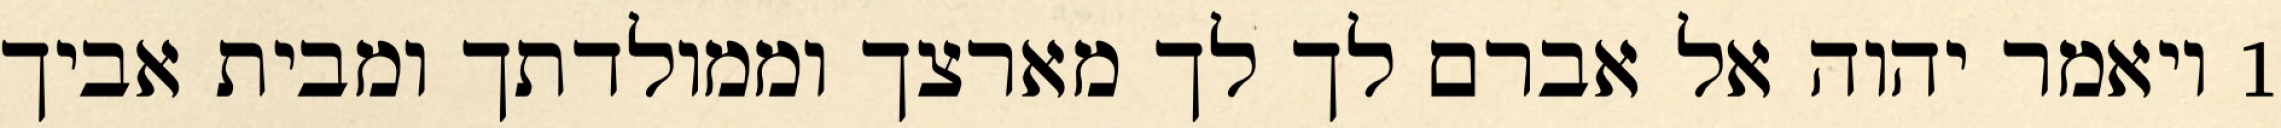
1 ויאמר יהוה אל אברם לך לך מארצך וממולדתך ומבית אביך